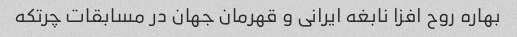
بهاره روح افزا نابغه ایرانی و قهرمان جهان در مسابقات چرتکه